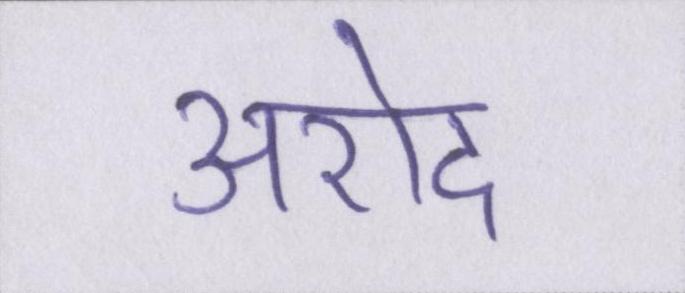
अरोद